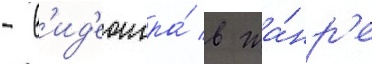
- в'ид'еоигра́ в жа́нр'е